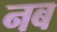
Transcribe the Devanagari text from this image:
नब